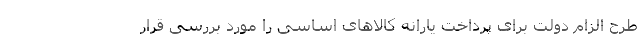
طرح الزام دولت برای پرداخت یارانه کالاهای اساسی را مورد بررسی قرار